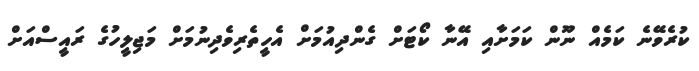
ކުރެވޭނެ ކަމެއް ނޫން ކަމަށާއި އޭނާ ކޯޓަށް ގެންދިއުމަށް އެހީތެރިވެދިނުމަށް މަޖިލީހުގެ ރައީސްއަށް